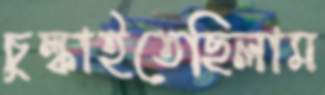
চুল্‌কাইতেছিলাম